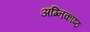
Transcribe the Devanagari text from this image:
अग्निकाष्ठ